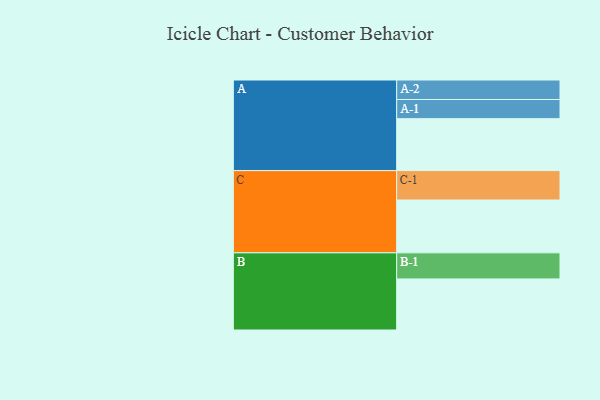
{"axis": {"x": "Segment", "y": "Value"}, "legend": ["", "A", "B", "C"], "data": [{"x": "A", "y": 410, "type": ""}, {"x": "B", "y": 403, "type": ""}, {"x": "C", "y": 417, "type": ""}, {"x": "A-1", "y": 151, "type": "A"}, {"x": "A-2", "y": 154, "type": "A"}, {"x": "B-1", "y": 206, "type": "B"}, {"x": "C-1", "y": 232, "type": "C"}]}